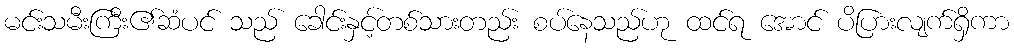
မင်းသမီးကြီး၏ဆံပင် သည် ခေါင်းနှင့်တစ်သားတည်း စပ်နေသည်ဟု ထင်ရ အောင် ပိပြားလျက်ရှိကာ